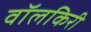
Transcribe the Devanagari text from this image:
वॉलकिरी